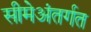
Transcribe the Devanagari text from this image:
सीमेअंतर्गत